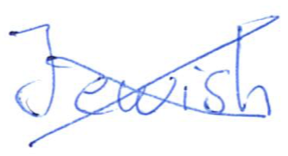
Text: Jewish
Cross-out: mix
Writing tool: ballpoint